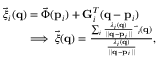
\begin{array} { r l } & { \vec { \boldsymbol { \xi } } _ { i } ( { \bf q } ) = \vec { \boldsymbol { \Phi } } ( { \bf p } _ { i } ) + { \bf G } _ { i } ^ { T } ( { \bf q } - { \bf p } _ { i } ) } \\ & { \qquad \implies \vec { \boldsymbol { \xi } } ( { \bf q } ) = \frac { \sum _ { i } \frac { \lambda _ { i } ( { \bf q } ) } { | | { \bf q } - { \bf p } _ { i } | | } \, \vec { \bf \xi } _ { i } ( { \bf q } ) } { \frac { \lambda _ { i } ( { \bf q } ) } { | | { \bf q } - { \bf p } _ { i } | | } } , } \end{array}